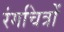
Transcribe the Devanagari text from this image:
रंगचित्रों